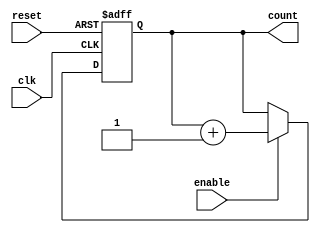
module Datapath_16bit(
  input wire clk,
  input wire reset,
  input wire enable,
  output reg [15:0] count
);

  always @(posedge clk or posedge reset) begin
    if (reset)
      count <= 0;
    else if (enable)
      count <= count + 1;
  end

endmodule